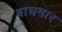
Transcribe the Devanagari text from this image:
बाघमार